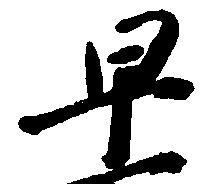
早